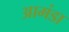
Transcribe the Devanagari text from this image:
आमंडा